King Institute of Preventive Medicine Micro-Biological Section reports 1912-19
Year: 1912
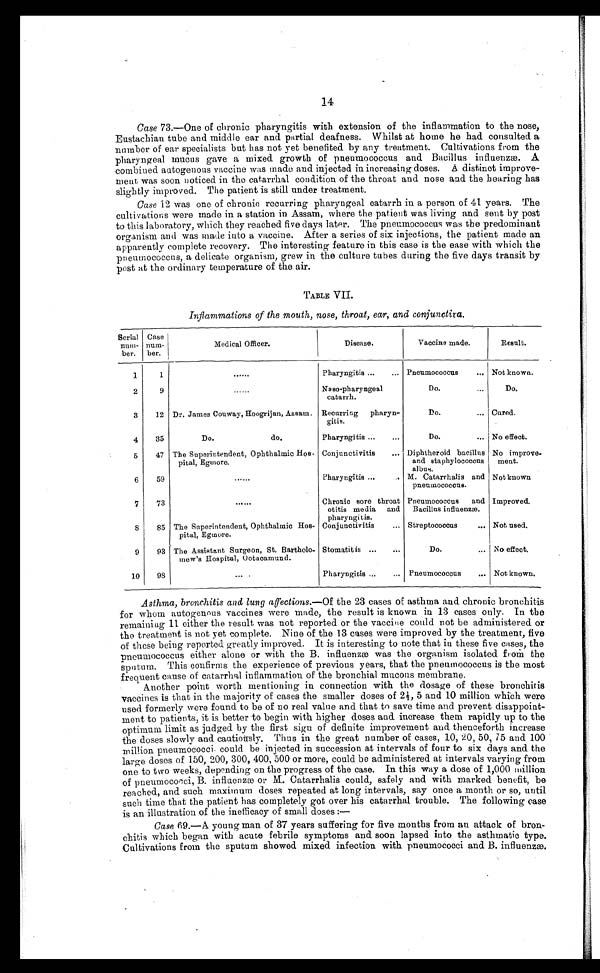
14
Case 73.—One of chronic pharyngitis with extension of the inflammation to the nose,
Eustachian tube and middle ear and partial deafness. Whilst at home he had consulted a
number of ear specialists but has not yet benefited by any treatment. Cultivations from the
pharyngeal mucus gave a mixed growth of pneumococcus and Bacillus influenzæ. A
combined autogenous vaccine was made and injected in increasing doses. A distinct improve
-ment was soon noticed in the catarrhal condition of the throat and nose and the hearing has
slightly improved. The patient is still under treatment.
Case 12 was one of chronic recurring pharyngeal catarrh in a person of 41 years. The
cultivations were made in a station in Assam, where the patient was living and sent by post
to this laboratory, which they reached five days later. The pneumococcus was the predominant
organism and was made into a vaccine. After a series of six injections, the patient made an
apparently complete recovery. The interesting feature in this case is the ease with which the
pneumococcus, a delicate organism, grew in the culture tubes during the five days transit by
post at the ordinary temperature of the air.
TABLE VII.
Inflammations of the mouth, nose, throat, ear, and conjunctiva.
Serial
nu
m - b e r .
Case
num
-ber.
Medical Officer.
Disease.
Vaccine made.
Result.
1
1
. . .
Pharyngitis . . . Pneumococcus . . . Not known.
2
9
. . .
Naso-pharyngeal
catarrh.
Do. . . .
Do.
3
12 Dr. James Couway, Hoogrijan, Assam. Recurring pharyn-
gitis.
Do. . . . Cured.
4
35
Do.
do.
Pharyngitis . . .
Do. . . . No effect.
5
47 The Superintendent, Ophthalmic Hos-
pital, Egmore.
Conjunctivitis . . . Diphtheroid bacillus
and staphylococcus
albus.
No improve
-ment.
6
59
. . .
Pharyngitis . . . M. Catarrhalis and
pneumococcus.
Not known
7
73
. . .
Chronic sore throat
otitis media and
pharyngitis.
Pneumococcus and
Bacillus influenzæ.
Improved.
8
85 The Superintendent, Ophthalmic Hos-
pital, Egmore.
Conjunctivitis . . . Streptococcus . . . Not used.
9
93 The Assistant Surgeon, St. Bartholo-
mew's Hospital, Ootacamund.
Stomatitis
. . .
Do. . . . No effect.
10
98
. . .
Pharyngitis . . .
Pneumococcus . . . Not known.
Asthma, bronchitis and lung af f ections.—Of the 23 cases of asthma and chronic bronchitis
for whom autogennus vaccines were made, the result is known in 13 cases only. In the
remainiug 11 either the result was not reported or the vaccine could not be administered or
the treatment is not yet complete. Nine of the 13 cases were improved by the treatment, five
of these being reported greatly improved. It is interesting to note that in these five cases, the
pneumococcus either alone or with the B. influenzæ was the organism isolated from the
sputum. This confirms the experience of previous years, that the pneumococcus is the most
frequent cause of catarrhal inflammation of the bronchial mucous membrane.
Another point worth mentioning in connection with the dosage of these bronchitis
vaccines is that in the majority of cases the smaller doses of 2½, 5 and 10 million which were
used formerly were found to be of no real value and that to save time and prevent disappoint
- m e n t t o p a t i e n t s , i t i s b e t t e r t o b e g i n w i t h h i g h e r d o s e s a n d i n c r e a s e t h e m r a p i d l y u p t o t h e
optimum limit as judged by the first sign of definite improvement and thenceforth increase
the doses slowly and cautiously. Thus in the great number of cases, 10, 20, 50, 75 and 100
million pneumococci could be injected in succession at intervals of four to six days and the
large doses of 150, 200, 300, 400, 500 or more, could be administered at intervals varying from
one to two weeks, depending on the progress of the case. In this way a dose of 1,000 million
of pneumococci, B. influenzæ or M. Catarrhalis could, safely and with marked benefit, be
reached, and such maximum doses repeated at long intervals, say once a month or so, until
such time that the patient has completely got over his catarrhal trouble. The following case
is an illustration of the inefficacy of small doses
: —
Case 69.—A young man of 37 years suffering for five months from an attack of bro
n - c h i t i s w h i c h b e g a n w i t h a c u t e f e b r i l e s y m p t o m s a n d s o o n l a p s e d i n t o t h e a s t h m a t i c t y p e .
Cultivations from the sputum showed mixed infection with pneumococci and B. influenzæ.